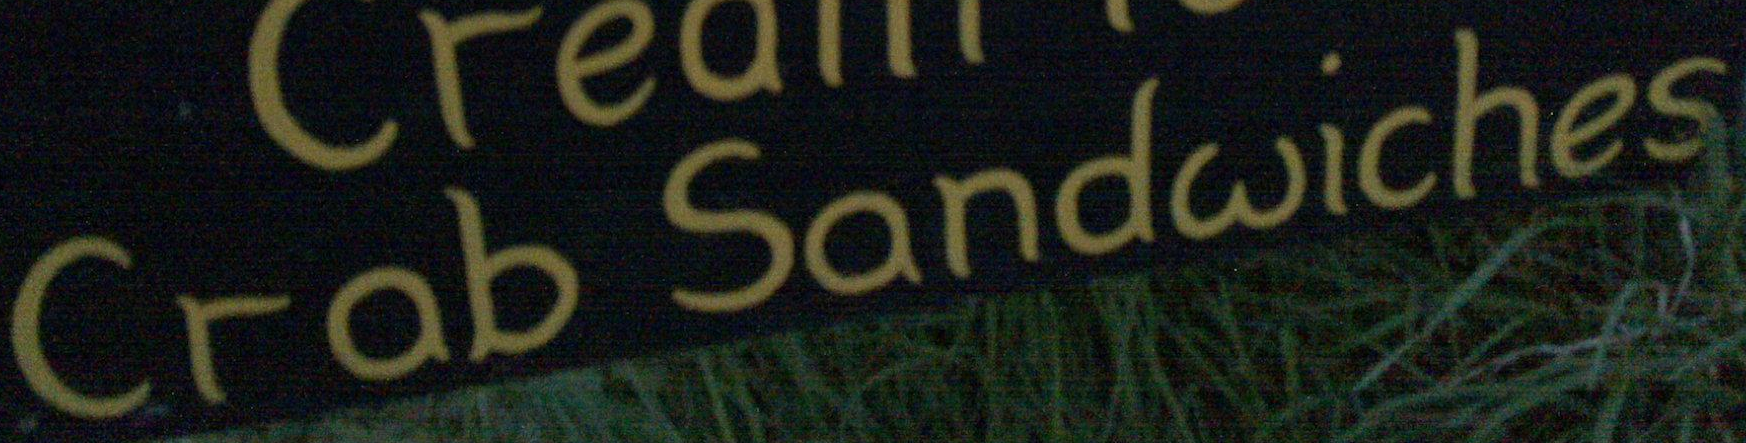
Crab Sandwiches